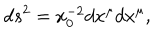
LaTeX: d s ^ { 2 } = x _ { 0 } ^ { - 2 } d x ^ { \mu } d x ^ { \mu } ,